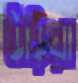
উড়িয়া